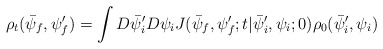
\begin{align*}\rho_t(\bar{\psi}_f, \psi'_ f) = \int D\bar{\psi}'_i D \psi_i J(\bar{\psi}_f, \psi'_f;t|\bar{\psi}'_i, \psi_i;0) \rho_0 (\bar{\psi}'_i,\psi_i)\end{align*}